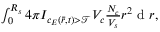
\begin{array} { r } { \int _ { 0 } ^ { R _ { s } } 4 \pi I _ { c _ { E } ( \bar { r } , t ) > \mathcal { T } } V _ { c } \frac { N _ { c } } { V _ { s } } r ^ { 2 } \mathrm { ~ d ~ } r , } \end{array}